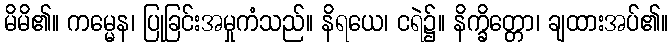
မိမိ၏။ ကမ္မေန၊ ပြုခြင်းအမှုကံသည်။ နိရယေ၊ ငရဲ၌။ နိက္ခိတ္တော၊ ချထားအပ်၏။